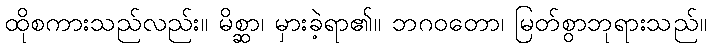
ထိုစကားသည်လည်း။ မိစ္ဆာ၊ မှားခဲ့ရာ၏။ ဘဂဝတော၊ မြတ်စွာဘုရားသည်။